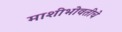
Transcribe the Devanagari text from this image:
माशीभोवतीचे